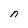
Character: n